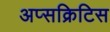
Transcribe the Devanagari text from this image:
अप्सक्रिटिस